Lunatic asylums Bombay report 1878-1890 - 1878-1890
Year: 1878
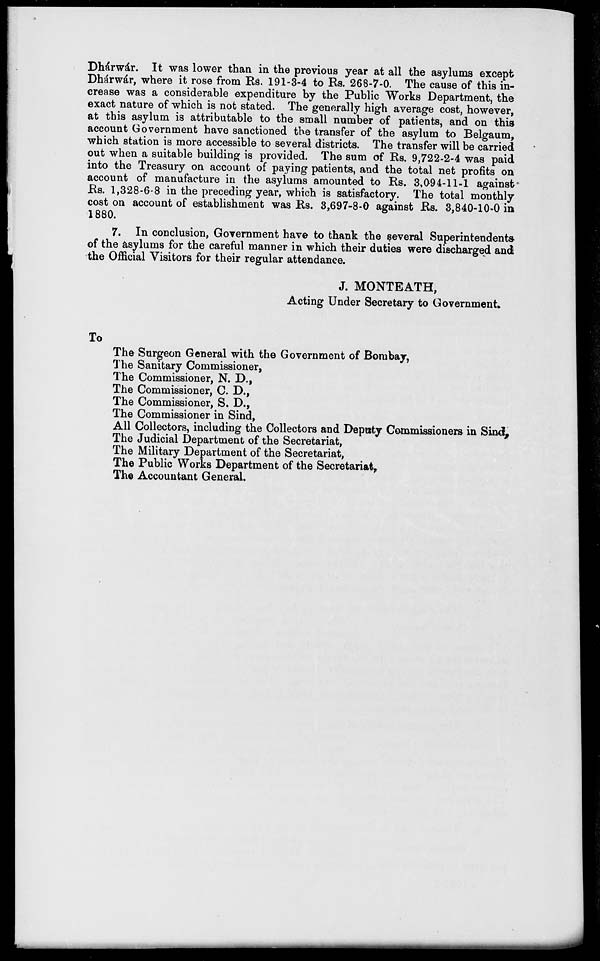
Dhárwár. It was lower than in the previous year at all the asylums except
Dhárwár, where it rose from Rs. 191-3-4 to Rs. 268-7-0. The cause of this in-
crease was a considerable expenditure by the Public Works Department, the
exact nature of which is not stated. The generally high average cost, however,
at this asylum is attributable to the small number of patients, and on this
account Government have sanctioned the transfer of the asylum to Belgaum,
which station is more accessible to several districts. The transfer will be carried
out when a suitable building is provided. The sum of Rs. 9,722-2-4 was paid
into the Treasury on account of paying patients, and the total net profits on
account of manufacture in the asylums amounted to Rs. 3,094-11-1 against
Rs. 1,328-6-8 in the preceding year, which is satisfactory. The total monthly
cost on account of establishment was Rs. 3,697-8-0 against Rs. 3,840-10-0 in
1880.
7. In conclusion, Government have to thank the several Superintendents
of the asylums for the careful manner in which their duties were discharged and
the Official Visitors for their regular attendance.
J. MONTEATH,
Acting Under Secretary to Government.
To
The Surgeon General with the Government of Bombay,
The Sanitary Commissioner,
The Commissioner, N. D.,
The Commissioner, C. D.,
The Commissioner, S. D.,
The Commissioner in Sind,
All Collectors, including the Collectors and Deputy Commissioners in Sind,
The Judicial Department of the Secretariat,
The Military Department of the Secretariat,
The Public Works Department of the Secretariat,
The Accountant General.